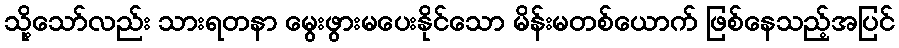
သို့သော်လည်း သားရတနာ မွေးဖွားမပေးနိုင်သော မိန်းမတစ်ယောက် ဖြစ်နေသည့်အပြင်